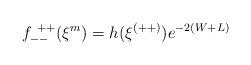
LaTeX: \begin{align*}f^{~++}_{--} (\xi^m) = h(\xi^{(++)}) e^{-2(W+L)}\end{align*}